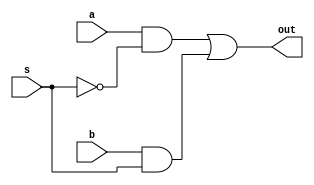
//4:2 mux using 2:1 mux
module mux2x1(out,a,b,s);
input a,b,s;
wire and_1,and_2,s_c;
output out;
not (s_c,s);
and (and_1,a,s_c);
and (and_2,b,s);
or (out,and_1,and_2);
endmodule
module mux4x2(out,i0,i1,i2,i3,s1,s0);
input i0,i1,i2,i3,s1,s0;
output out;
wire mux1,mux2;
mux2x1 mux_1(mux1,i0,i1,s1);
mux2x1 mux_2(mux2,i2,i3,s1);
mux2x1 mux_3(out,mux1,mux2,s0);
endmodule